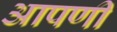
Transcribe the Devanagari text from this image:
आपणी